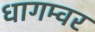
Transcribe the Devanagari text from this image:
धागम्वर